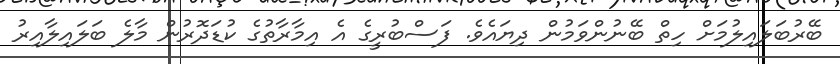
ބޭރުބަލައިލުމަށް ހިތް ބޭނުންވަމުން ދިޔައެވެ. ފަސްބުރީގެ އެ އިމާރާތުގެ ކުޑަދޮރުން މާލެ ބަލައިލާއިރު